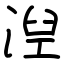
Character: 湼